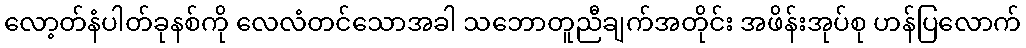
လော့တ်နံပါတ်ခုနစ်ကို လေလံတင်သောအခါ သဘောတူညီချက်အတိုင်း အဖိန်းအုပ်စု ဟန်ပြလောက်